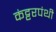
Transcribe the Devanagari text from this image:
कंट्टरपंथी